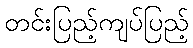
တင်းပြည့်ကျပ်ပြည့်